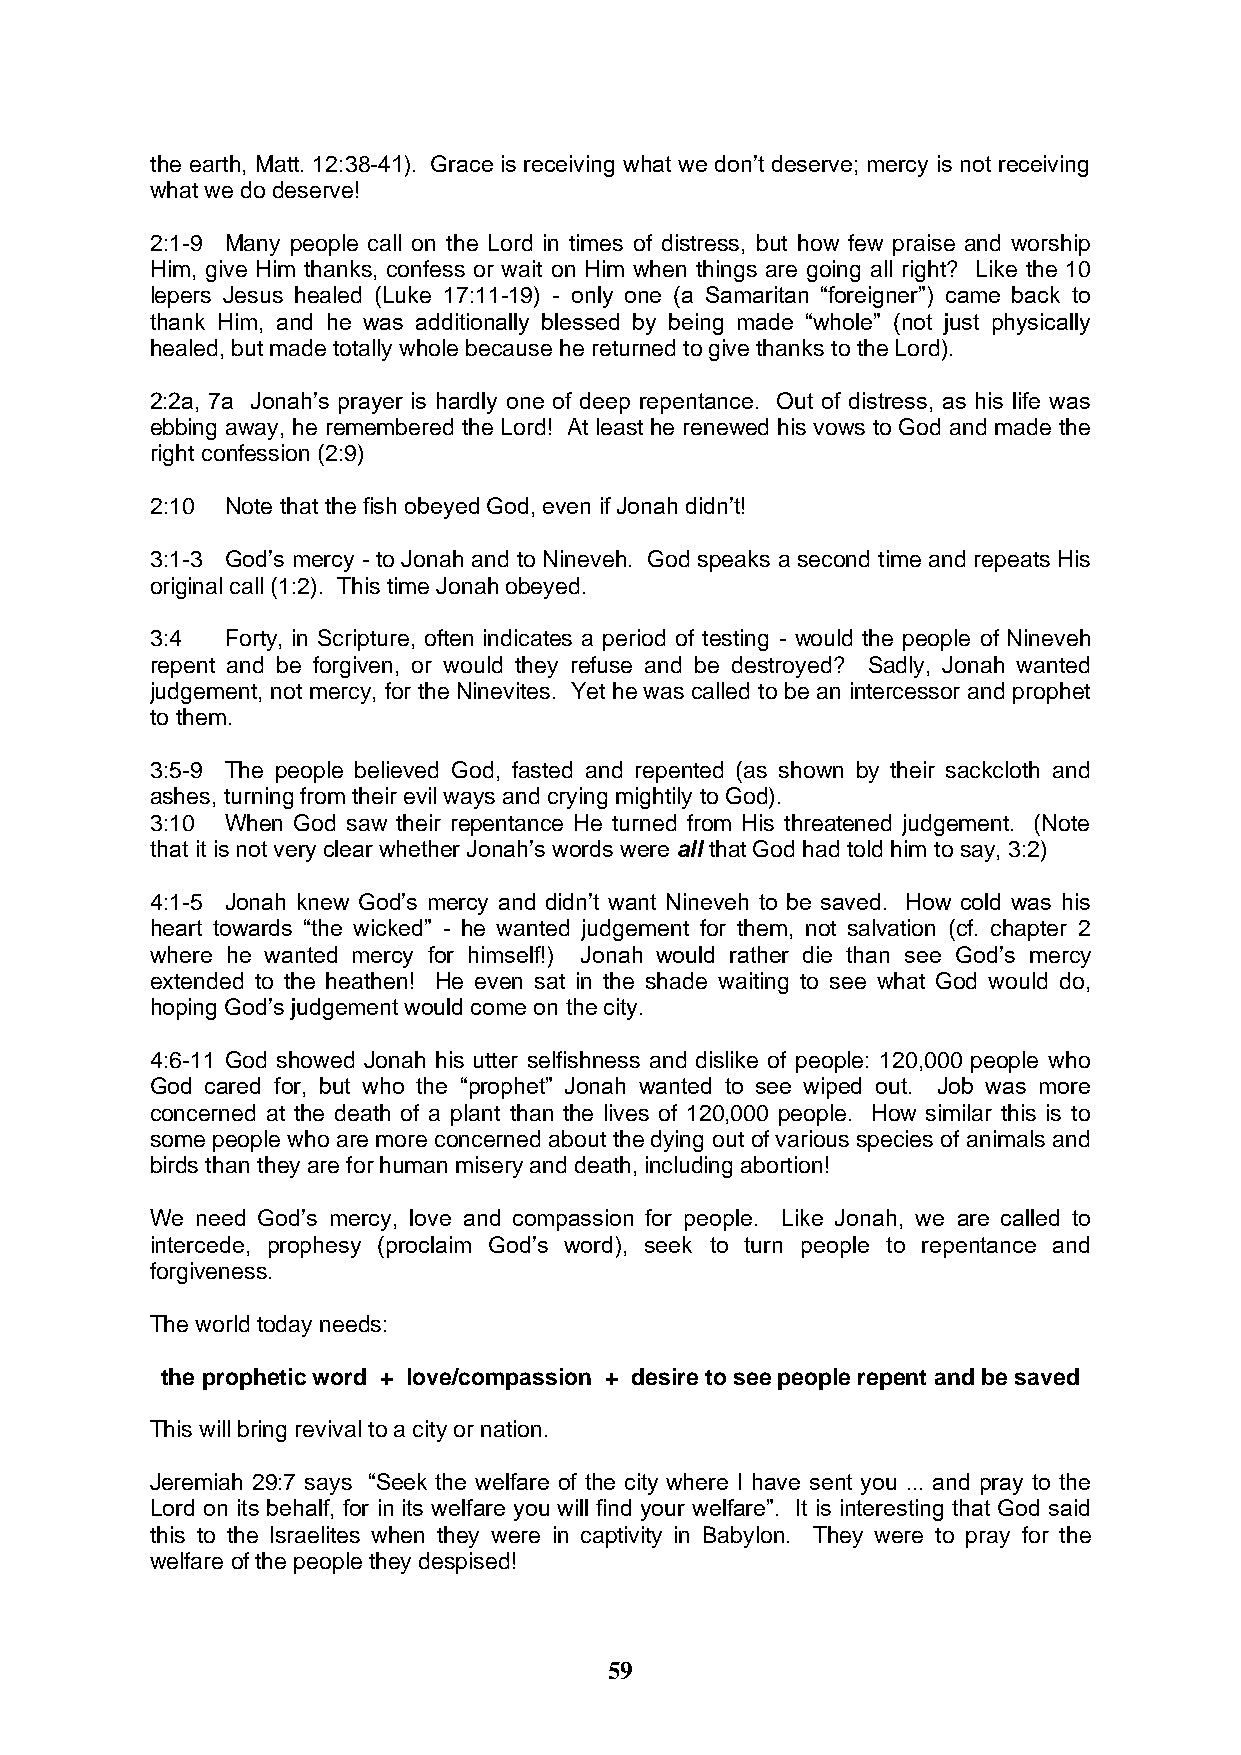
the earth, Matt. 12:38-41). Grace is receiving what we don’t deserve; mercy is not receiving
 what we do deserve!
 2:1-9 Many people call on the Lord in times of distress, but how few praise and worship
 Him, give Him thanks, confess or wait on Him when things are going all right? Like the 10
 lepers Jesus healed (Luke 17:11-19) - only one (a Samaritan “foreigner”) came back to
 thank Him, and he was additionally blessed by being made “whole” (not just physically
 healed, but made totally whole because he returned to give thanks to the Lord).
 2:2a, 7a Jonah’s prayer is hardly one of deep repentance. Out of distress, as his life was
 ebbing away, he remembered the Lord! At least he renewed his vows to God and made the
 right confession (2:9)
 2:10 Note that the fish obeyed God, even if Jonah didn’t!
 3:1-3 God’s mercy - to Jonah and to Nineveh. God speaks a second time and repeats His
 original call (1:2). This time Jonah obeyed.
 3:4  Forty, in Scripture, often indicates a period of testing - would the people of Nineveh
 repent and be forgiven, or would they refuse and be destroyed? Sadly, Jonah wanted
 judgement, not mercy, for the Ninevites. Yet he was called to be an intercessor and prophet
 to them.
 3:5-9 The people believed God, fasted and repented (as shown by their sackcloth and
 ashes, turning from their evil ways and crying mightily to God).
 3:10 When God saw their repentance He turned from His threatened judgement. (Note
 that it is not very clear whether Jonah’s words were all that God had told him to say, 3:2)
 4:1-5 Jonah knew God’s mercy and didn’t want Nineveh to be saved. How cold was his
 heart towards “the wicked” - he wanted judgement for them, not salvation (cf. chapter 2
 where he wanted mercy for himself!) Jonah would rather die than see God’s mercy
 extended to the heathen! He even sat in the shade waiting to see what God would do,
 hoping God’s judgement would come on the city.
 4:6-11 God showed Jonah his utter selfishness and dislike of people: 120,000 people who
 God cared for, but who the “prophet” Jonah wanted to see wiped out. Job was more
 concerned at the death of a plant than the lives of 120,000 people. How similar this is to
 some people who are more concerned about the dying out of various species of animals and
 birds than they are for human misery and death, including abortion!
 We need God’s mercy, love and compassion for people. Like Jonah, we are called to
 intercede, prophesy (proclaim God’s word), seek to turn people to repentance and
 forgiveness.
 The world today needs:
 the prophetic word + love/compassion + desire to see people repent and be saved
 This will bring revival to a city or nation.
 Jeremiah 29:7 says “Seek the welfare of the city where I have sent you ... and pray to the
 Lord on its behalf, for in its welfare you will find your welfare”. It is interesting that God said
 this to the Israelites when they were in captivity in Babylon. They were to pray for the
 welfare of the people they despised!
 59